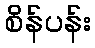
စိန်ပန်း